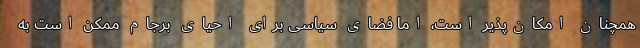
همچنان امکان‌پذیر است، اما فضای سیاسی برای احیای برجام ممکن است به